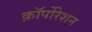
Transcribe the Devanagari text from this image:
क़ाॅर्पोरेशन